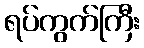
ရပ်ကွက်ကြီး